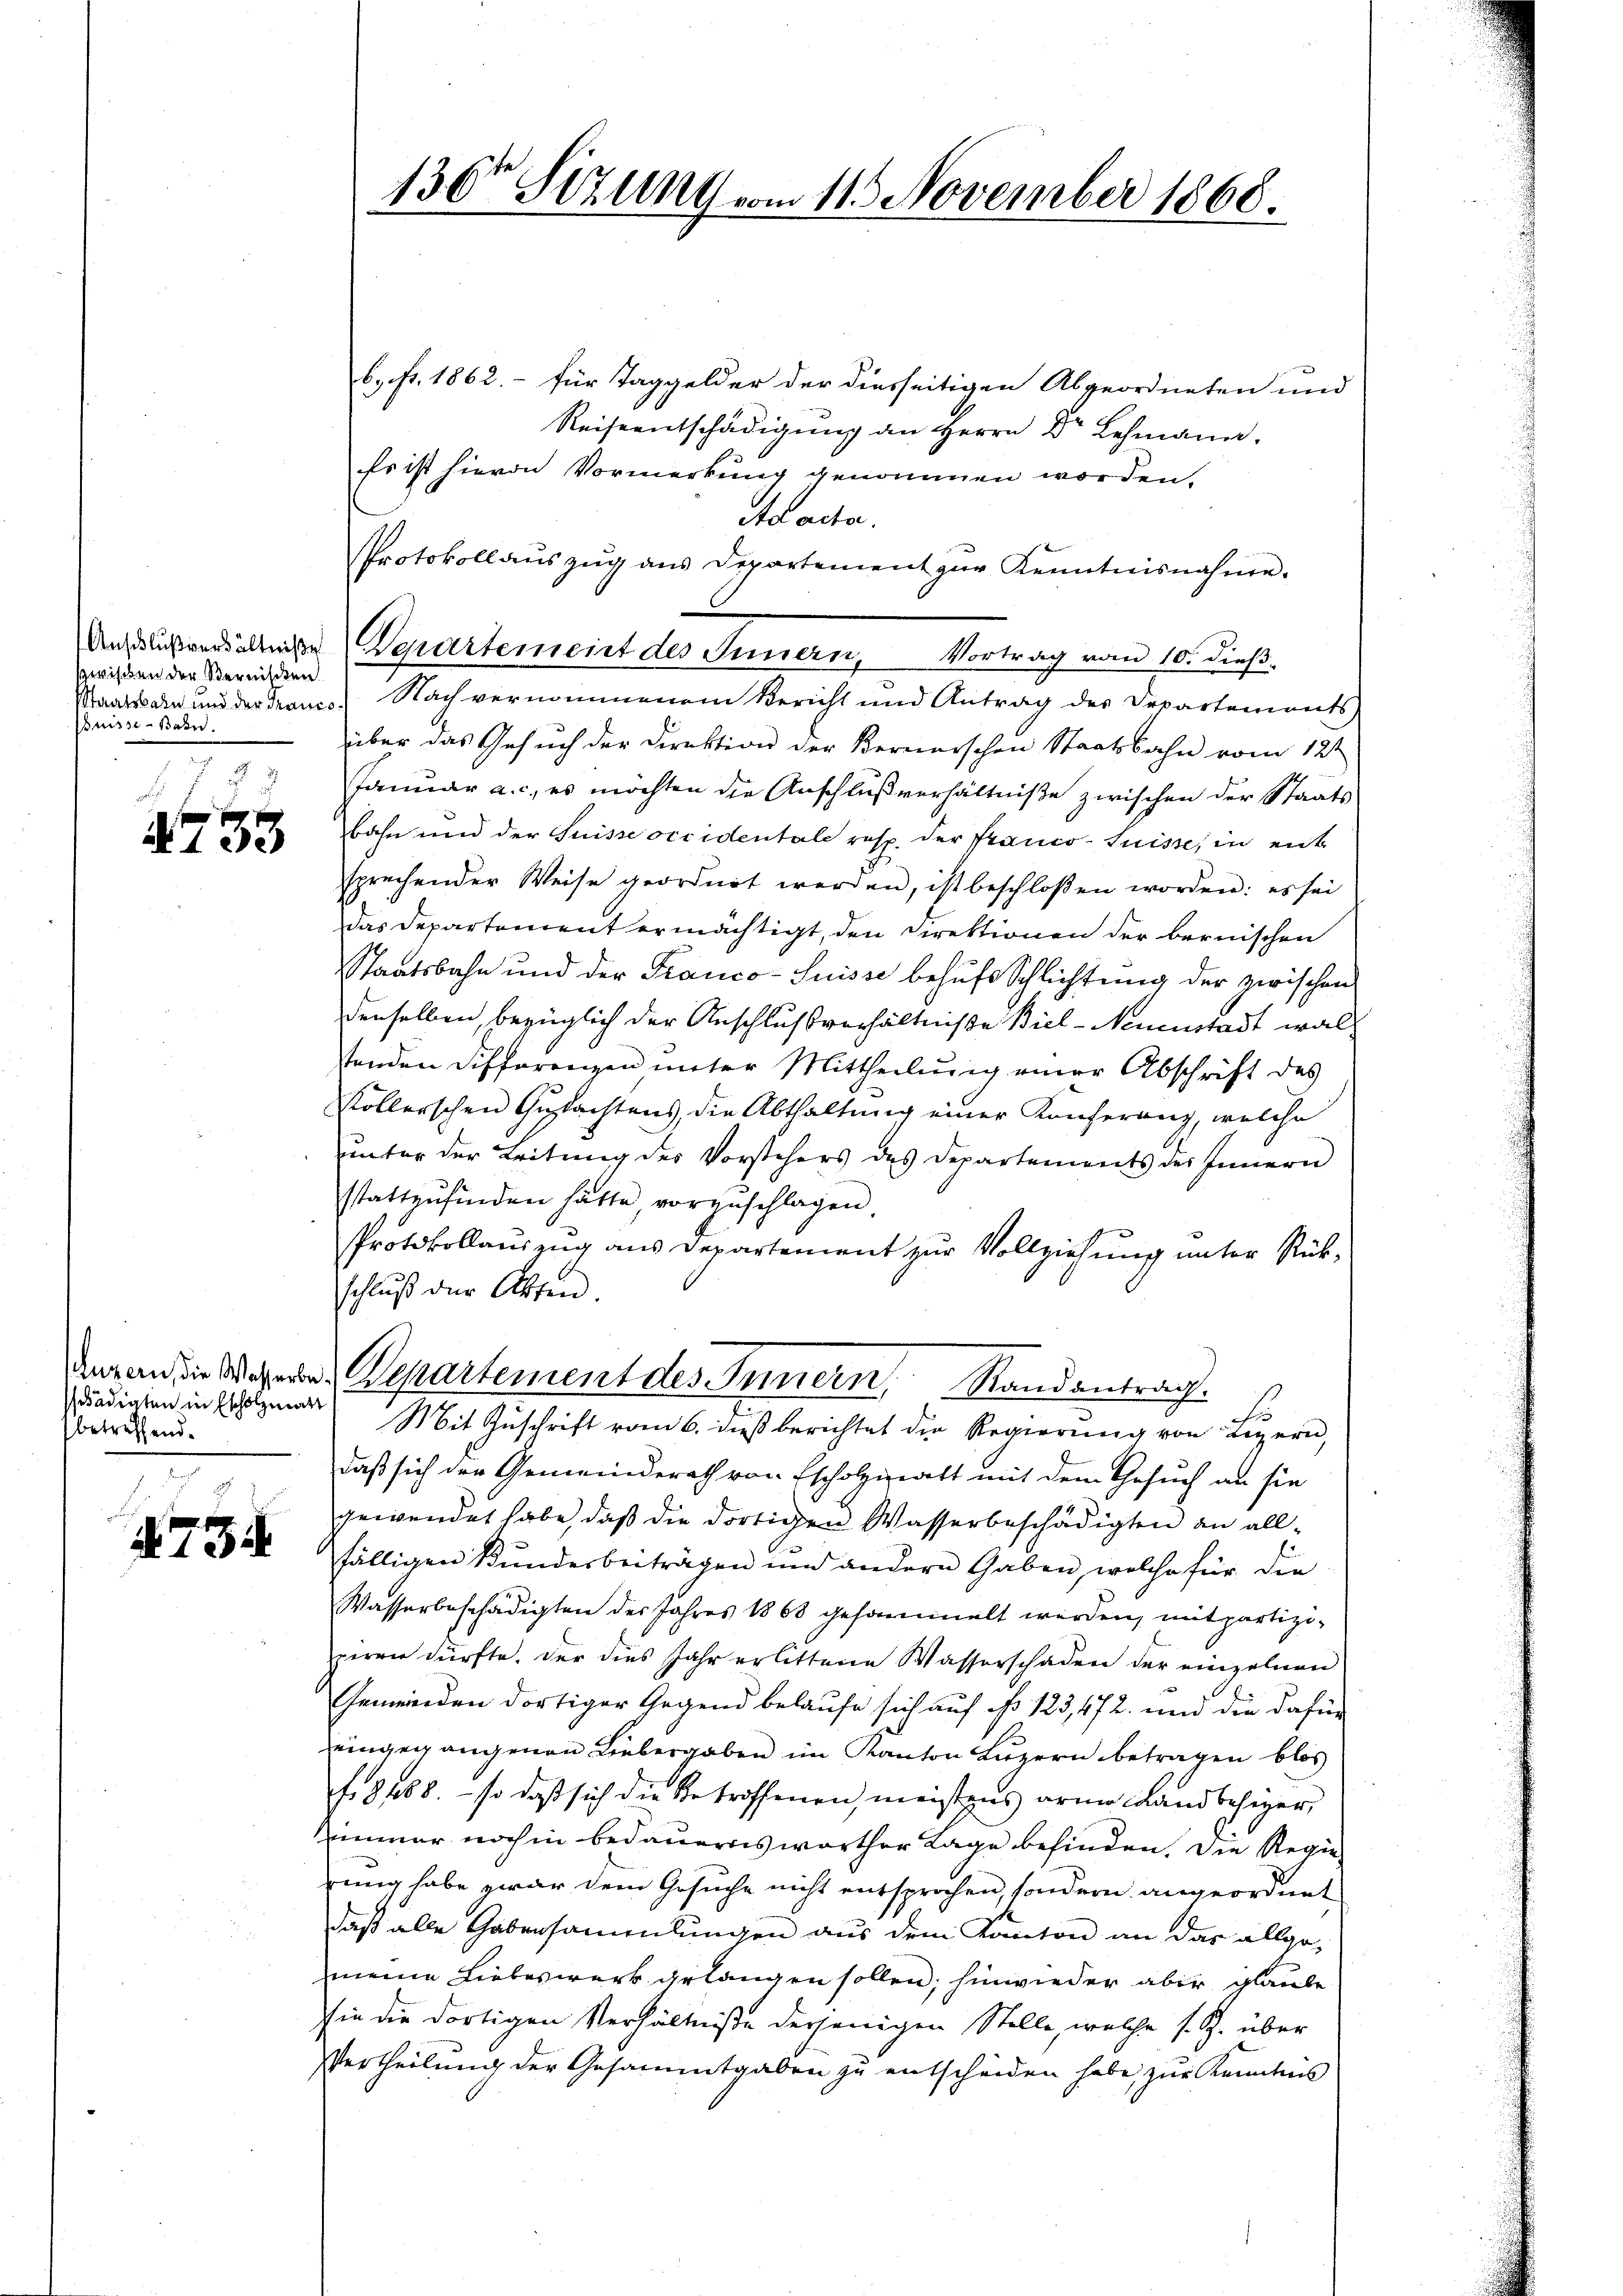
zwischen der Berniten
Buisse - Bahn.

F
753

sdadiaten in Escholzmatt
betreffend.

g
 734.

130 Stzung vom 11. November 1868.

b. fr. 1862. – für Taggelder der diesseitigen Abgeordneten und
Reiseentschädigung an Herrn Dr Lehmann.
Es ist hievon Vormerkung genommen worden,
Ad acta.
Protokollauszug aus Departement zur Kenntnisnahme.
Anflußversaltene Verartement des Innern, Vortrag vom 10. dieß.
Staatsbahn und der France. Nach vernommenem Bericht und Antrag des Departements-
über das Gesuch der Direktion der Bernerschen Staatsbahn vom 12t
Januar a. c. es möchten die Anschlußverhältniße zwischen der Staats
bahn und der Suisse occidentale resp. der Pranco-Suisse, in eine
sprechender Weise geordnet werden, ist beschloßen worden: es sei
Das Departement ermächtigt, den Direktionen der bernischen
Staatsbahn und der Franco-Suisse behufs Schlichtung der zwischen
denselben bezüglich der Anschlußverhältniße Biel-Neuenstadt waltenden Differenzen unter Mittheilung einer Abschrift des
Völlerschen Gutachtens die Abthaltung einer Konferung, welche
unter der Leitung der Vorstehers des Departements des Innern
sstattzufinden hätte vorzuschlagen.
Protokollauszug aus Departement zur Vollziehung unter Rückschluß der Akten.
daran die Wagen. Departement des Innern, Randantrag.
E
Mit Zuschrift vom 6. dieß berichtet die Regierung von Luzern,
daß sich der Gemeinderath von Escholzett mit dem Gesuch an sie
gewendet habe, daß die dortigen Wasserbeschädigten an allfälligen Bundesbeiträgen und andern Gaben, welche für die
Wasserbeschädigten des Jahres 1868 gesammelt werden, mit partiziperen dürfte. Der dies Jahr erlittene Wasserschaden der einzelnen
Gemeinden dortiger Gegend belaufe sich auf No 123,472. und die dafür
eingegangenen Liebergaben im Kanton Luzern betragen blos
f. 8188. – so daß sich die Betroffenen, meistens arme Landbesiger,
Zimmer noch in bedauernsworther Tage befinden. Die Regierung habe zwar dem Gesuche nicht entsprochen, sondern angeordnet
daß alle Gabensammlungen aus dem Kanton an das allge-
meine Liebeswerk gelangen sollen; hinwieder aber glaube
sie die dortigen Verhältniße derjenigen Stelle, welche s. Z. über
Vertheilung der Gesammtgaben zu entscheiden habe, zur Kenntnis